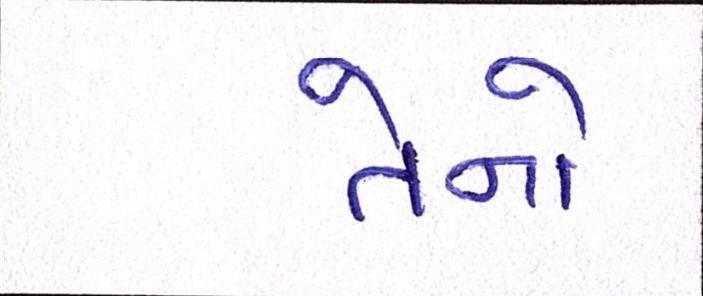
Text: તેનો